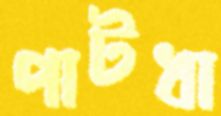
পাটধা